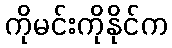
ကိုမင်းကိုနိုင်က